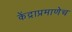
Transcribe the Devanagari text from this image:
केंद्राप्रमाणेच